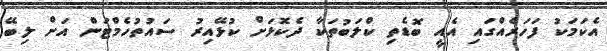
އެކަމަކު ފަހަރެއްގައި އެއީ ބޮޑެތި ކްލަބުތަކާ ދެކޮޅަށް ކުޅޭއިރު ސައުތުހެމްޓަން އަށް ލިބޭ